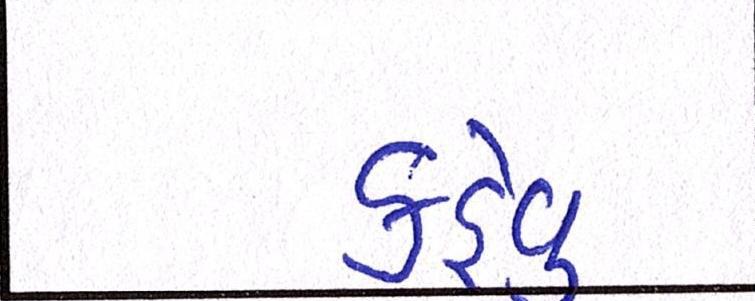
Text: કહેવુ